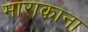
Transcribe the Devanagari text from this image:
माराकाना